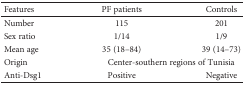
<table><thead><tr><td><b>Features</b></td><td><b>PF patients</b></td><td><b>Controls</b></td></tr></thead><tbody><tr><td>Number</td><td>115</td><td>201</td></tr><tr><td>Sex ratio</td><td>1/14</td><td>1/9</td></tr><tr><td>Mean age</td><td>35 (18–84)</td><td>39 (14–73)</td></tr><tr><td>Origin</td><td colspan="2">Center-southern regions of Tunisia</td></tr><tr><td>Anti-Dsg1</td><td>Positive</td><td>Negative</td></tr></tbody></table>